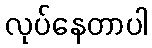
လုပ်နေတာပါ